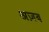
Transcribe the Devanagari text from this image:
अज़ब